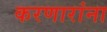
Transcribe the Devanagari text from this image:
करणारांना